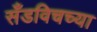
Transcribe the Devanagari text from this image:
सँडविचच्या